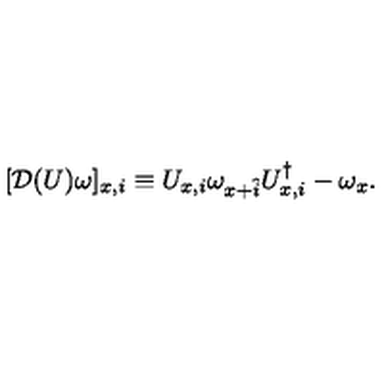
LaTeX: [ { \cal D } ( U ) \omega ] _ { x , i } \equiv U _ { x , i } \omega _ { x + \hat { i } } U _ { x , i } ^ { \dagger } - \omega _ { x } .